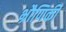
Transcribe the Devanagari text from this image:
भ्रौणिकी